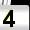
Digit: 4